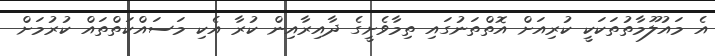
އެ މައުލޫމާތުތަކަކީ ކުރިއަށް އޮތްތަނުގައި ތިމާވެށީގެ ދާއިރާއިން ކުރާ އެކި މަސައްކަތްތައް ކުރުމަށް